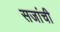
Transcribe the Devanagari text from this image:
सजांची